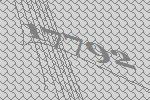
17792